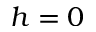
h = 0